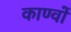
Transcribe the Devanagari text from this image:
काण्वों